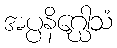
အပ္ပနိဂ္ဃေါသံ